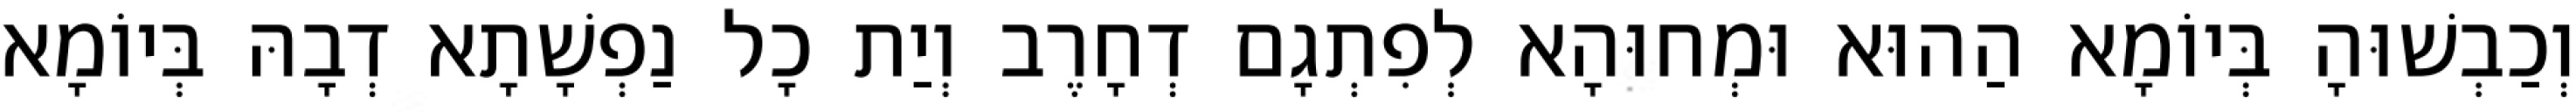
וְכַבְשׁוּהָ בְּיוֹמָא הַהוּא וּמְחוּהָא לְפִתְגָם דְחָרֶב וְיַת כָל נַפְשָׁתָא דְבָהּ בְּיוֹמָא